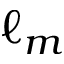
\ell _ { m }